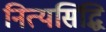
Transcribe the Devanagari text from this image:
नित्यसिद्धि